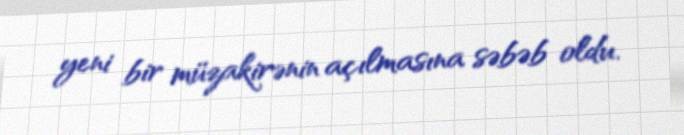
yeni bir müzakirənin açılmasına səbəb oldu.